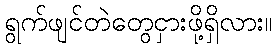
ရွက်ဖျင်တဲတွေငှားဖို့ရှိလား။